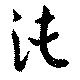
沌